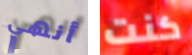
أنهي كنت